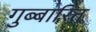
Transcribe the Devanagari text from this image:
गुब्बारित